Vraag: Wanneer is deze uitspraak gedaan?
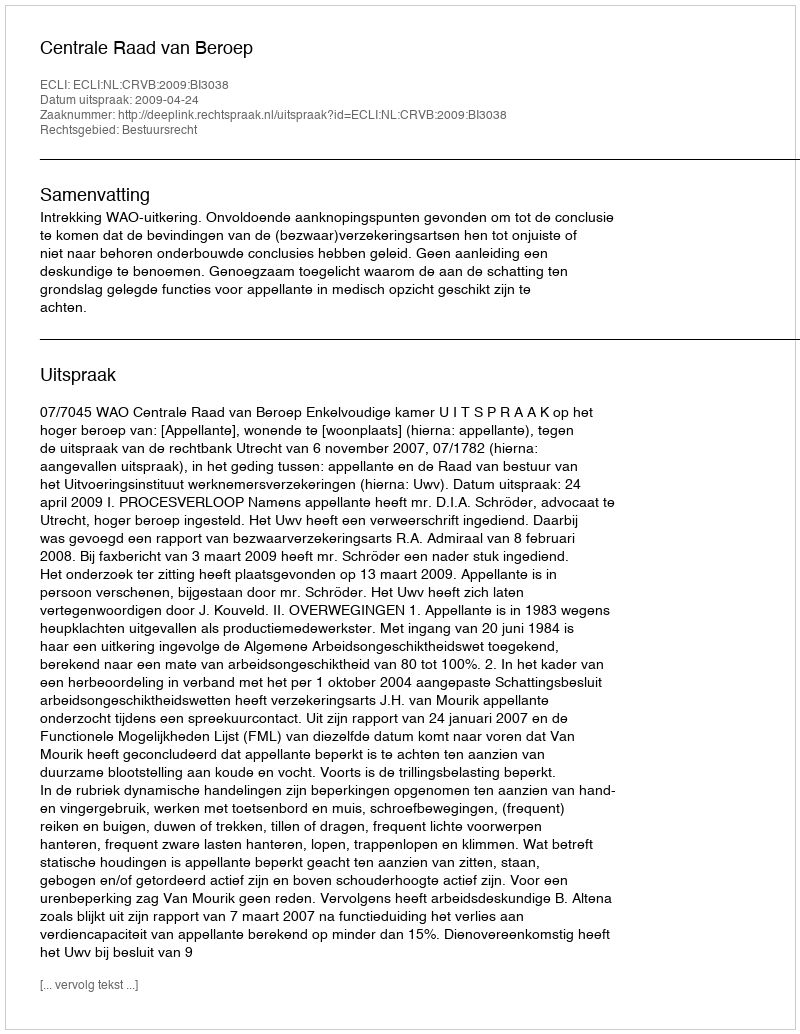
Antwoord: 2009-04-24